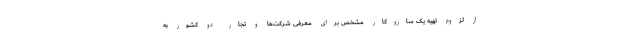
از لزوم تهیه یک سازوکار مشخص برای معرفی شرکت‌ها و تجار دو کشور به